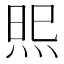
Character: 𭴫